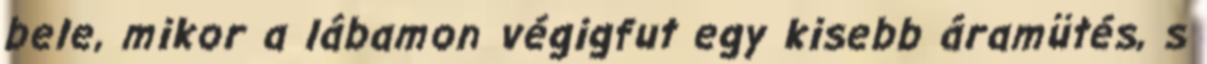
bele, mikor a lábamon végigfut egy kisebb áramütés, s